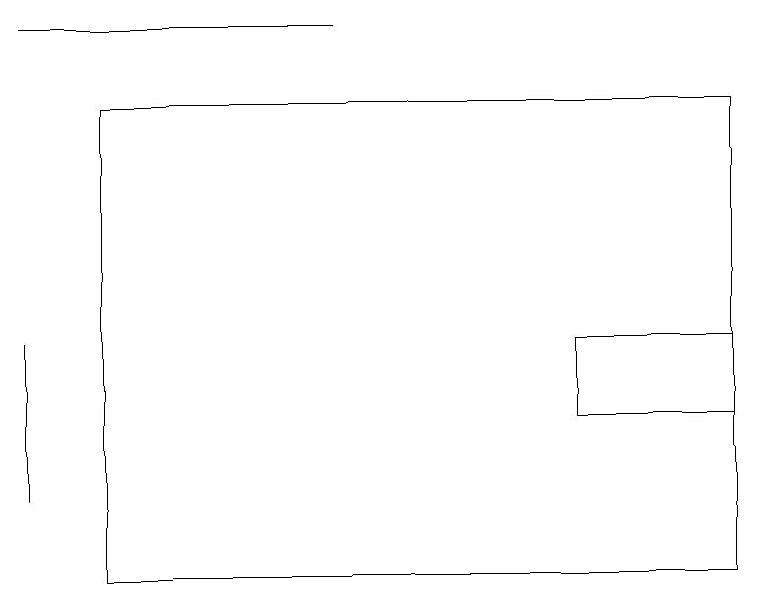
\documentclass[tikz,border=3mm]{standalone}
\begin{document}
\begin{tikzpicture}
\draw (0,11) rectangle (0,13);
\draw (7,12) rectangle (9,13);
\draw (1,16) rectangle (9,10);
\draw (0,17) rectangle (4,17);
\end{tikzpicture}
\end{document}